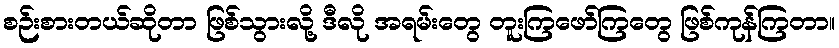
စဉ်းစားတယ်ဆိုတာ ဖြစ်သွားလို့ ဒီလို အရမ်းတွေ တူးကြဖော်ကြတွေ ဖြစ်ကုန်ကြတာ။